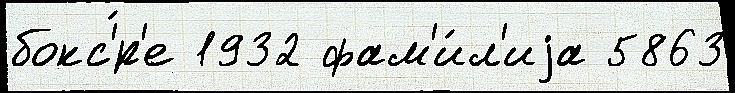
бокс'́р'е 1932 фам'и́л'иjа 5863